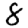
Digit: 8